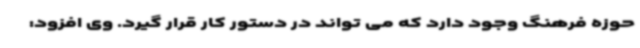
حوزه فرهنگ وجود دارد که می تواند در دستور کار قرار گیرد. وی افزود: